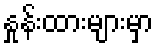
နှုန်းထားများမှာ